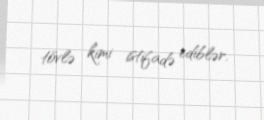
tövlə kimi istifadə ediblər.